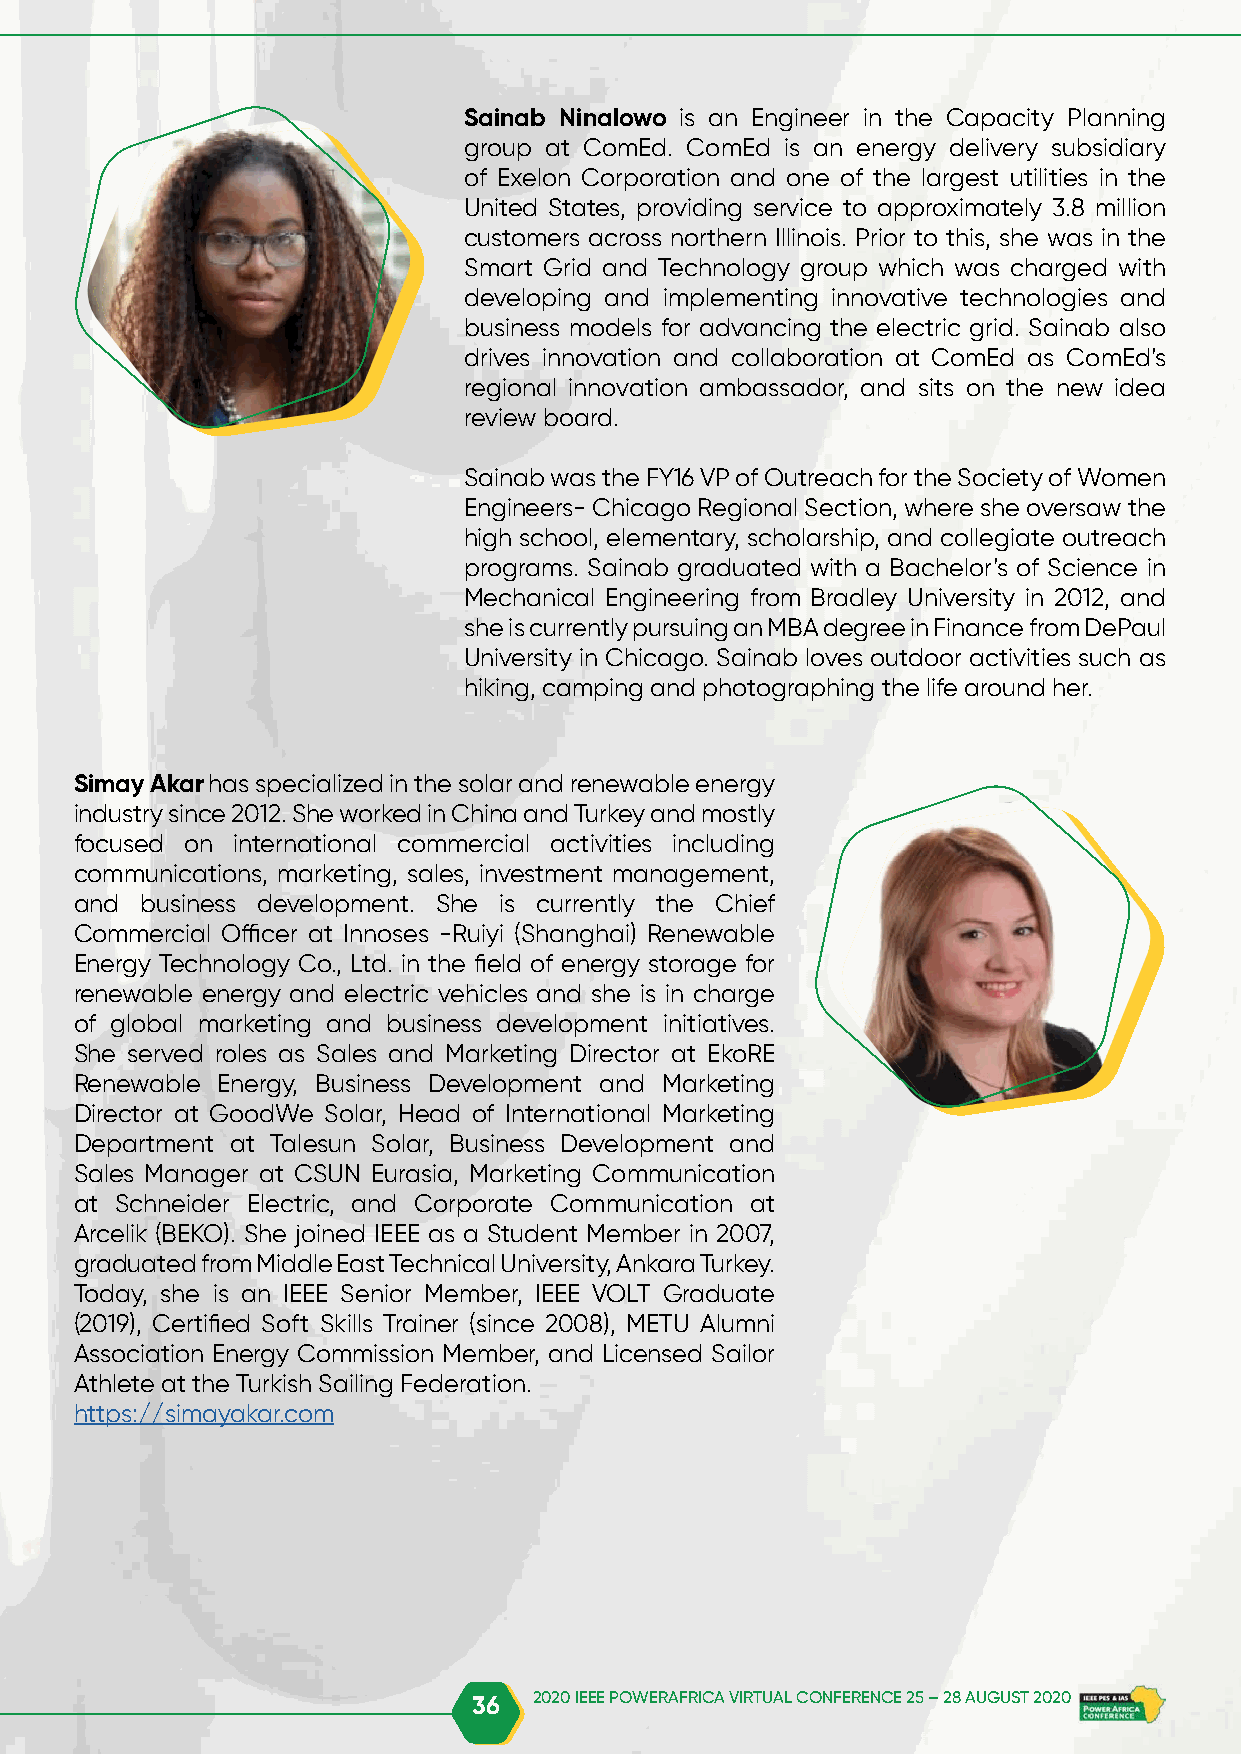
Sainab Ninalowo is an Engineer in the Capacity Planning
 group at ComEd. ComEd is an energy delivery subsidiary
 of Exelon Corporation and one of the largest utilities in the
 United States, providing service to approximately 3.8 million
 customers across northern Illinois. Prior to this, she was in the
 Smart Grid and Technology group which was charged with
 developing and implementing innovative technologies and
 business models for advancing the electric grid. Sainab also
 drives innovation and collaboration at ComEd as ComEd’s
 regional innovation ambassador, and sits on the new idea
 review board.
 Sainab was the FY16 VP of Outreach for the Society of Women
 Engineers- Chicago Regional Section, where she oversaw the
 high school, elementary, scholarship, and collegiate outreach
 programs. Sainab graduated with a Bachelor’s of Science in
 Mechanical Engineering from Bradley University in 2012, and
 she is currently pursuing an MBA degree in Finance from DePaul
 University in Chicago. Sainab loves outdoor activities such as
 hiking, camping and photographing the life around her.
 Simay Akar has specialized in the solar and renewable energy
 industry since 2012. She worked in China and Turkey and mostly
 focused on international commercial activities including
 communications, marketing, sales, investment management,
 and business development. She is currently the Chief
 Commercial Officer at Innoses -Ruiyi (Shanghai) Renewable
 Energy Technology Co., Ltd. in the field of energy storage for
 renewable energy and electric vehicles and she is in charge
 of global marketing and business development initiatives.
 She served roles as Sales and Marketing Director at EkoRE
 Renewable Energy, Business Development and Marketing
 Director at GoodWe Solar, Head of International Marketing
 Department at Talesun Solar, Business Development and
 Sales Manager at CSUN Eurasia, Marketing Communication
 at Schneider Electric, and Corporate Communication at
 Arcelik (BEKO). She joined IEEE as a Student Member in 2007,
 graduated from Middle East Technical University, Ankara Turkey.
 Today, she is an IEEE Senior Member, IEEE VOLT Graduate
 (2019), Certified Soft Skills Trainer (since 2008), METU Alumni
 Association Energy Commission Member, and Licensed Sailor
 Athlete at the Turkish Sailing Federation.
 https://simayakar.com
 36  2020 IEEE POWERAFRICA VIRTUAL CONFERENCE 25 – 28 AUGUST 2020